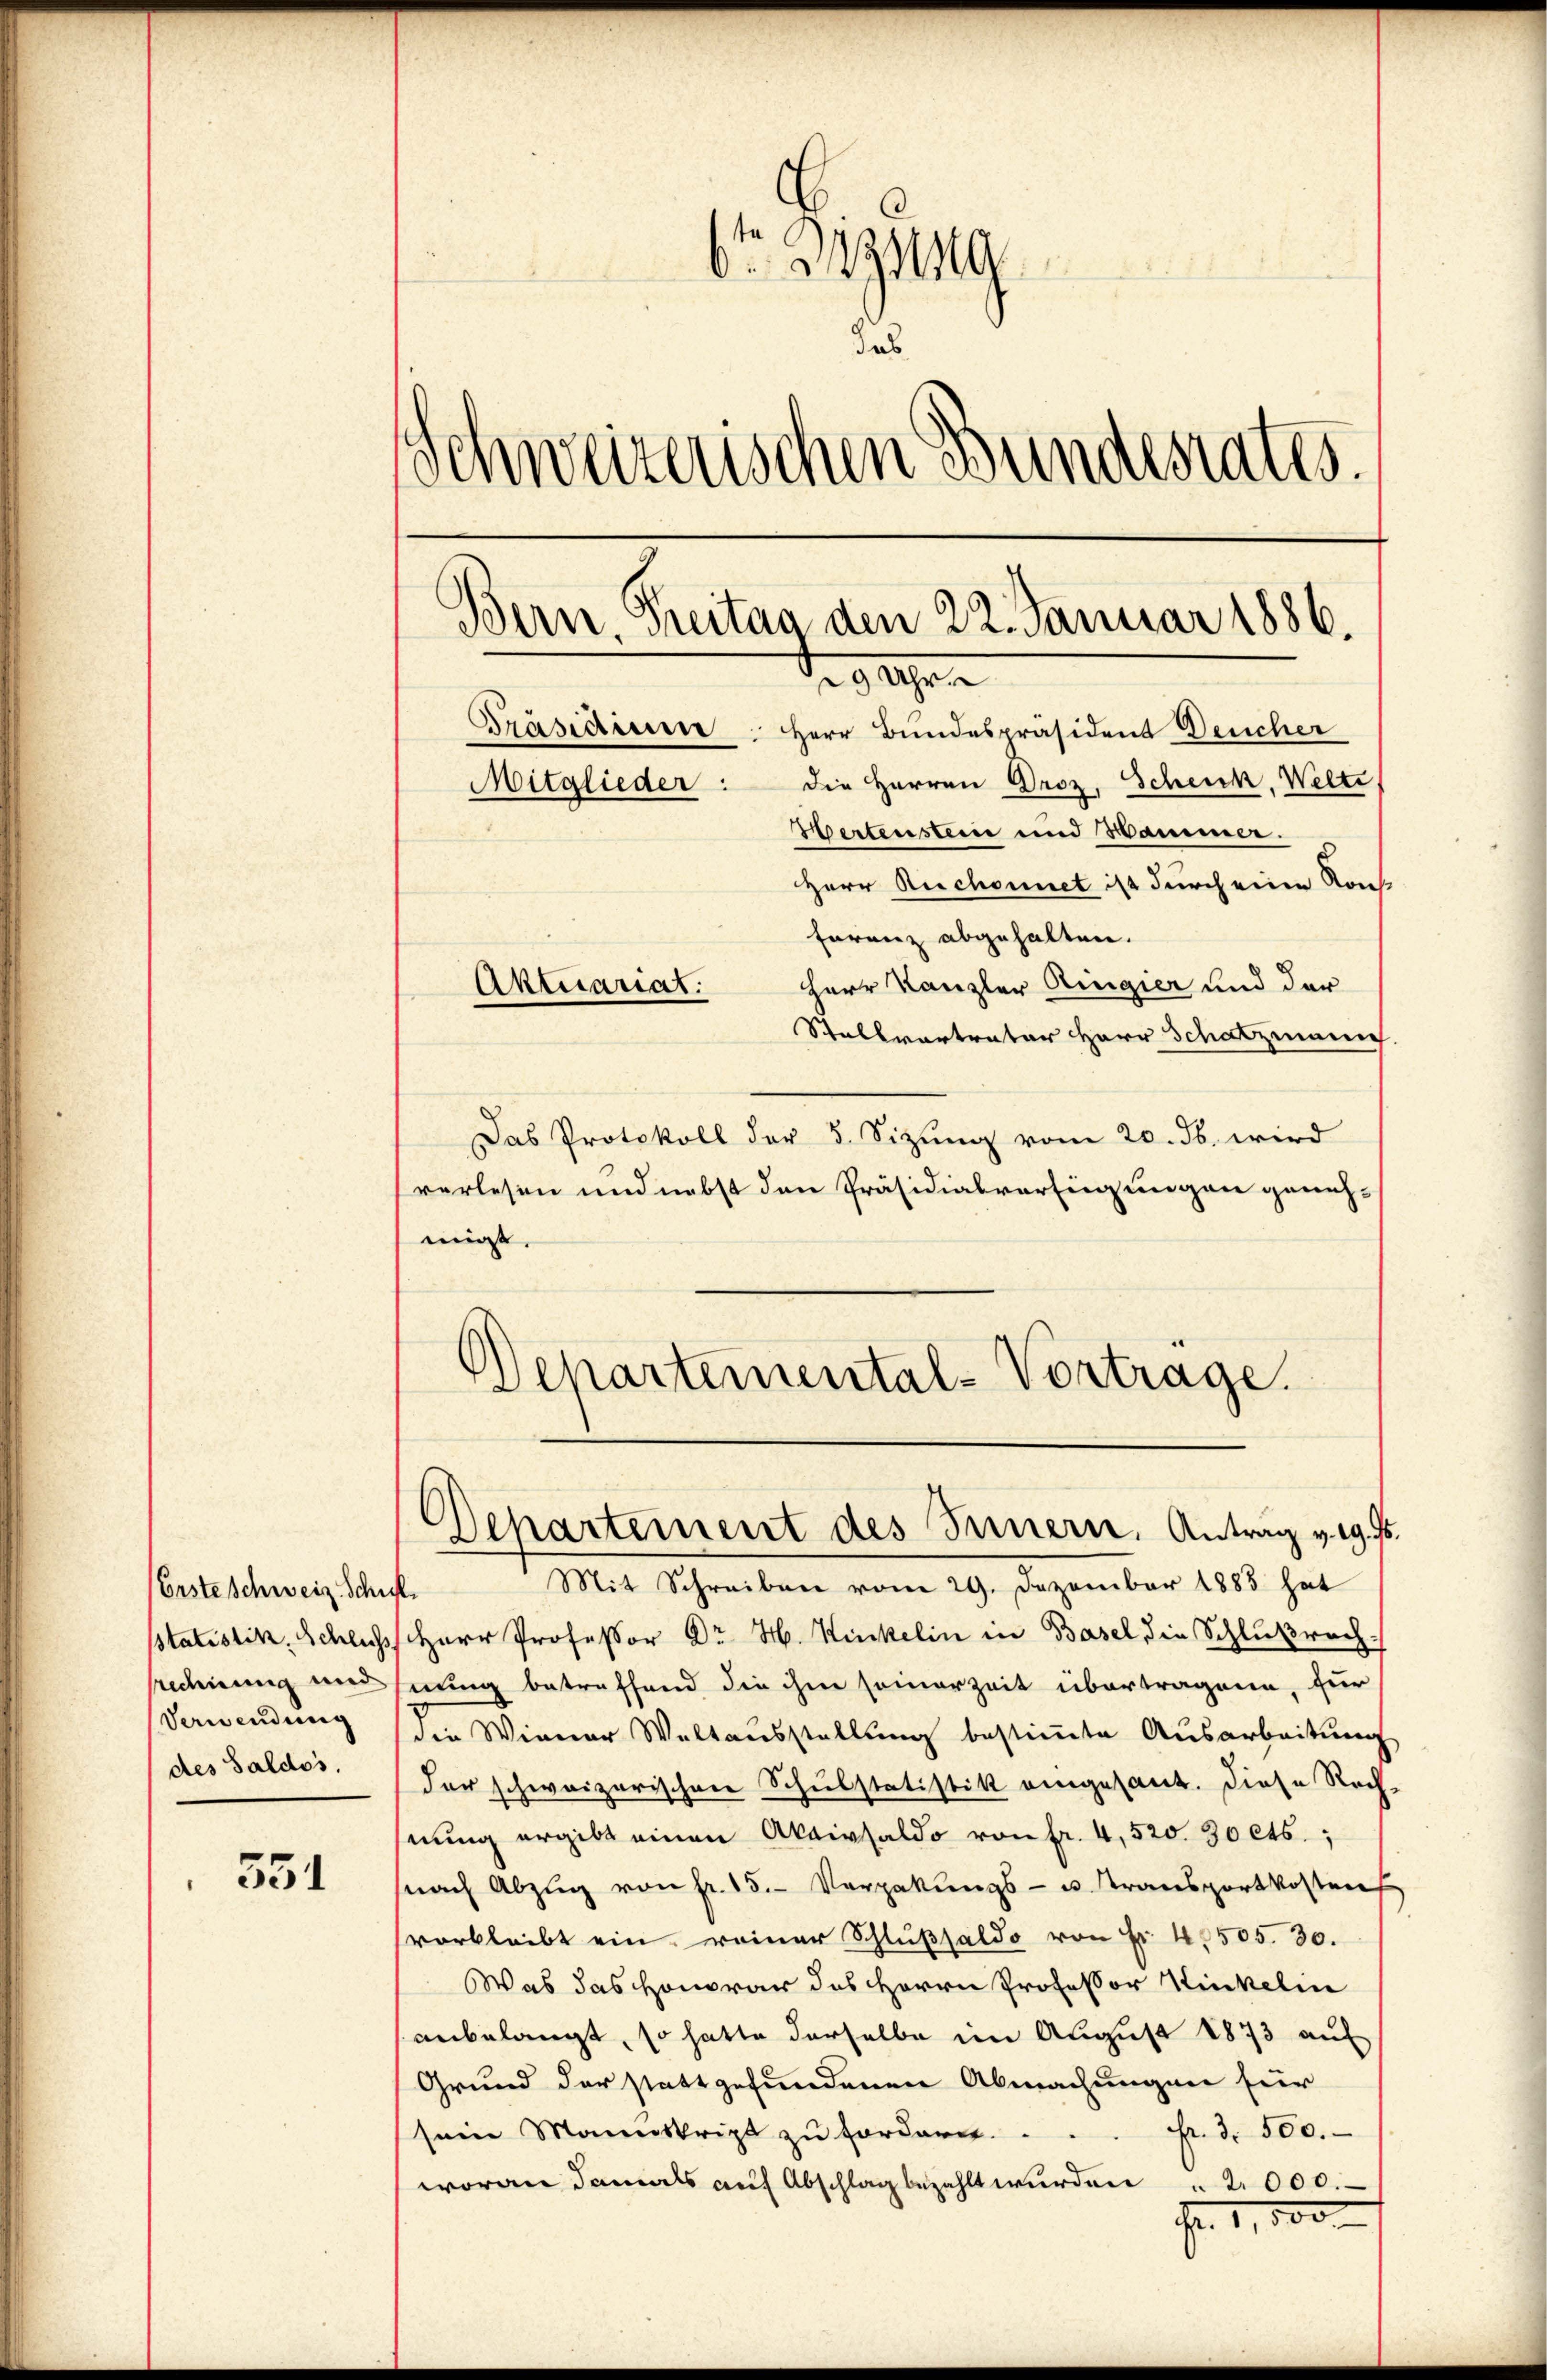
(Erste schweiz. Schaft
des Saldos.

551

6t Pignng
sab
Schweizerischen Bundesrates.
Bern, Seiten den 22. Januar 1886.
29 Uhr
Präsidium. Herr Bundespräsident Deucher
Mitglieder: die Herren Droz. Scheu. Welte
Wertensteine und Wammer.
s
Herr Ruchonnet ist durch eine Kon-
Forenz abgehalten.
Herr Kanzler Ringier und der
Aktuariat
Stallvertrater Herr Schatzmann.

Das Protokoll der 5. Sitzŭng vom 20. ds. wird
verlesen und nebst den Präsidialverfügungen genehmigt.

Mit Schreiben vom 29. Dezember 1883 hat
sstatistik, Schlichs Herr Professor Dr. H. Kinkelin in Basel, die Schlußrech-
seedmung und hinung betreffend die ihm seinerzeit übertragene, für
Verwendung die Wiener Weltausstellung bestimmte Ausarbeitung
der schweizerischen Schulstatistik eingesant. Diese Rech-
hnung ergibt einen Akaivsaldo von fr. 4, 520. 30 cts.;
(nach Abzug von fr. 15. Vergabungs- u. Transportkosten
verbleibt ein reiner Schlußsaldo von Fr. 40505. 30.
Was das Honorar des Herrn Professor Kinkelin
anbelangt, so hatte derselbe im August 1873 auf
Grund der stattgefundenen Abmachungen für
sein Mannskript zu fordern . . . fr. d. 500.
woran damals auf Abschlag bezahlt wurden 2000.
Fr. 1,800

Departemental-Vortrage.

Departement des Innern, Antrag v. 19. Js.